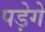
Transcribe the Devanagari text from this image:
पड़ेगे